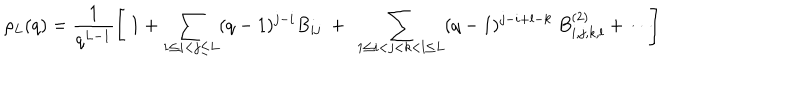
\rho _ { L } ( q ) = \frac { 1 } { q ^ { L - 1 } } \left[ \ 1 + \sum _ { 1 \leq i < j \leq L } ( q - 1 ) ^ { j - i } B _ { i j } \ + \ \sum _ { 1 \leq i < j < k < l \leq L } ( q - 1 ) ^ { j - i + l - k } \ B _ { i , j , k , l } ^ { ( 2 ) } + \cdots \right] \,